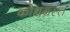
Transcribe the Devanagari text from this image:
कोथग्रस्त